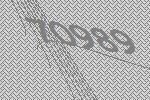
70989